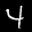
Label: 4